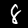
Label: 8